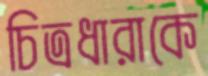
চিত্রধারাকে